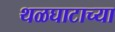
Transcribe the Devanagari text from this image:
थळघाटाच्या